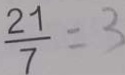
\frac { 2 1 } { 7 } = 3